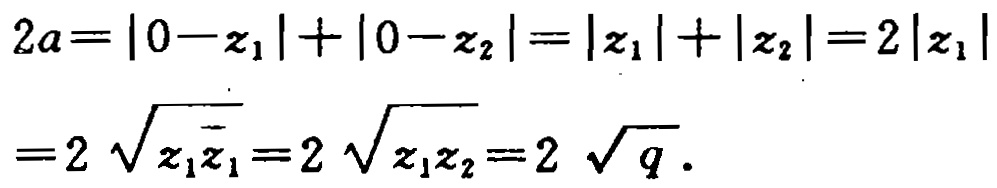
\[
\begin{align*}
2a&=|0 - z_1|+|0 - z_2|=|z_1|+|z_2| = 2|z_1|\\
&=2\sqrt{z_1\overline{z_1}}=2\sqrt{z_1z_2}=2\sqrt{q}.
\end{align*}
\]